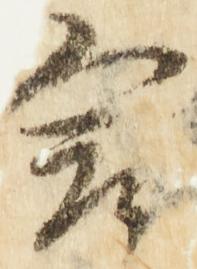
言